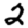
Digit: 2